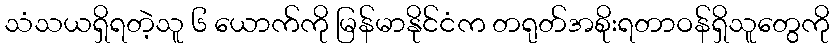
သံသယရှိရတဲ့သူ ၆ ယောက်ကို မြန်မာနိုင်ငံက တရုတ်အစိုးရတာဝန်ရှိသူတွေကို